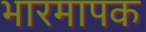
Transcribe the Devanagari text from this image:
भारमापक